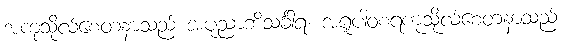
အကုသိုလ်စေတနာသည် အပုညာဘိသင်္ခါရ၊ အရူပါဝစရကုသိုလ်စေတနာသည်